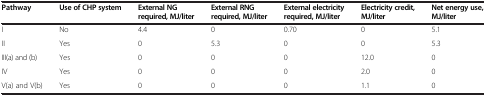
<table><thead><tr><td><b>Pathway</b></td><td><b>Use of CHP system</b></td><td><b>External NG required, MJ/liter</b></td><td><b>External RNG required, MJ/liter</b></td><td><b>External electricity required, MJ/liter</b></td><td><b>Electricity credit, MJ/liter</b></td><td><b>Net energy use, MJ/liter</b></td></tr></thead><tbody><tr><td>I</td><td>No</td><td>4.4</td><td>0</td><td>0.70</td><td>0</td><td>5.1</td></tr><tr><td>II</td><td>Yes</td><td>0</td><td>5.3</td><td>0</td><td>0</td><td>5.3</td></tr><tr><td>III(a) and (b)</td><td>Yes</td><td>0</td><td>0</td><td>0</td><td>12.0</td><td>0</td></tr><tr><td>IV</td><td>Yes</td><td>0</td><td>0</td><td>0</td><td>2.0</td><td>0</td></tr><tr><td>V(a) and V(b)</td><td>Yes</td><td>0</td><td>0</td><td>0</td><td>1.1</td><td>0</td></tr></tbody></table>